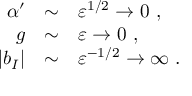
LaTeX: \begin{array} { r c l } { { \alpha ^ { \prime } } } & { { \sim } } & { { \varepsilon ^ { 1 / 2 } \to 0 ~ , } } \\ { { g } } & { { \sim } } & { { \varepsilon \to 0 ~ , } } \\ { { | b _ { I } | } } & { { \sim } } & { { \varepsilon ^ { - 1 / 2 } \to \infty ~ . } } \end{array}